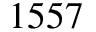
1 5 5 7